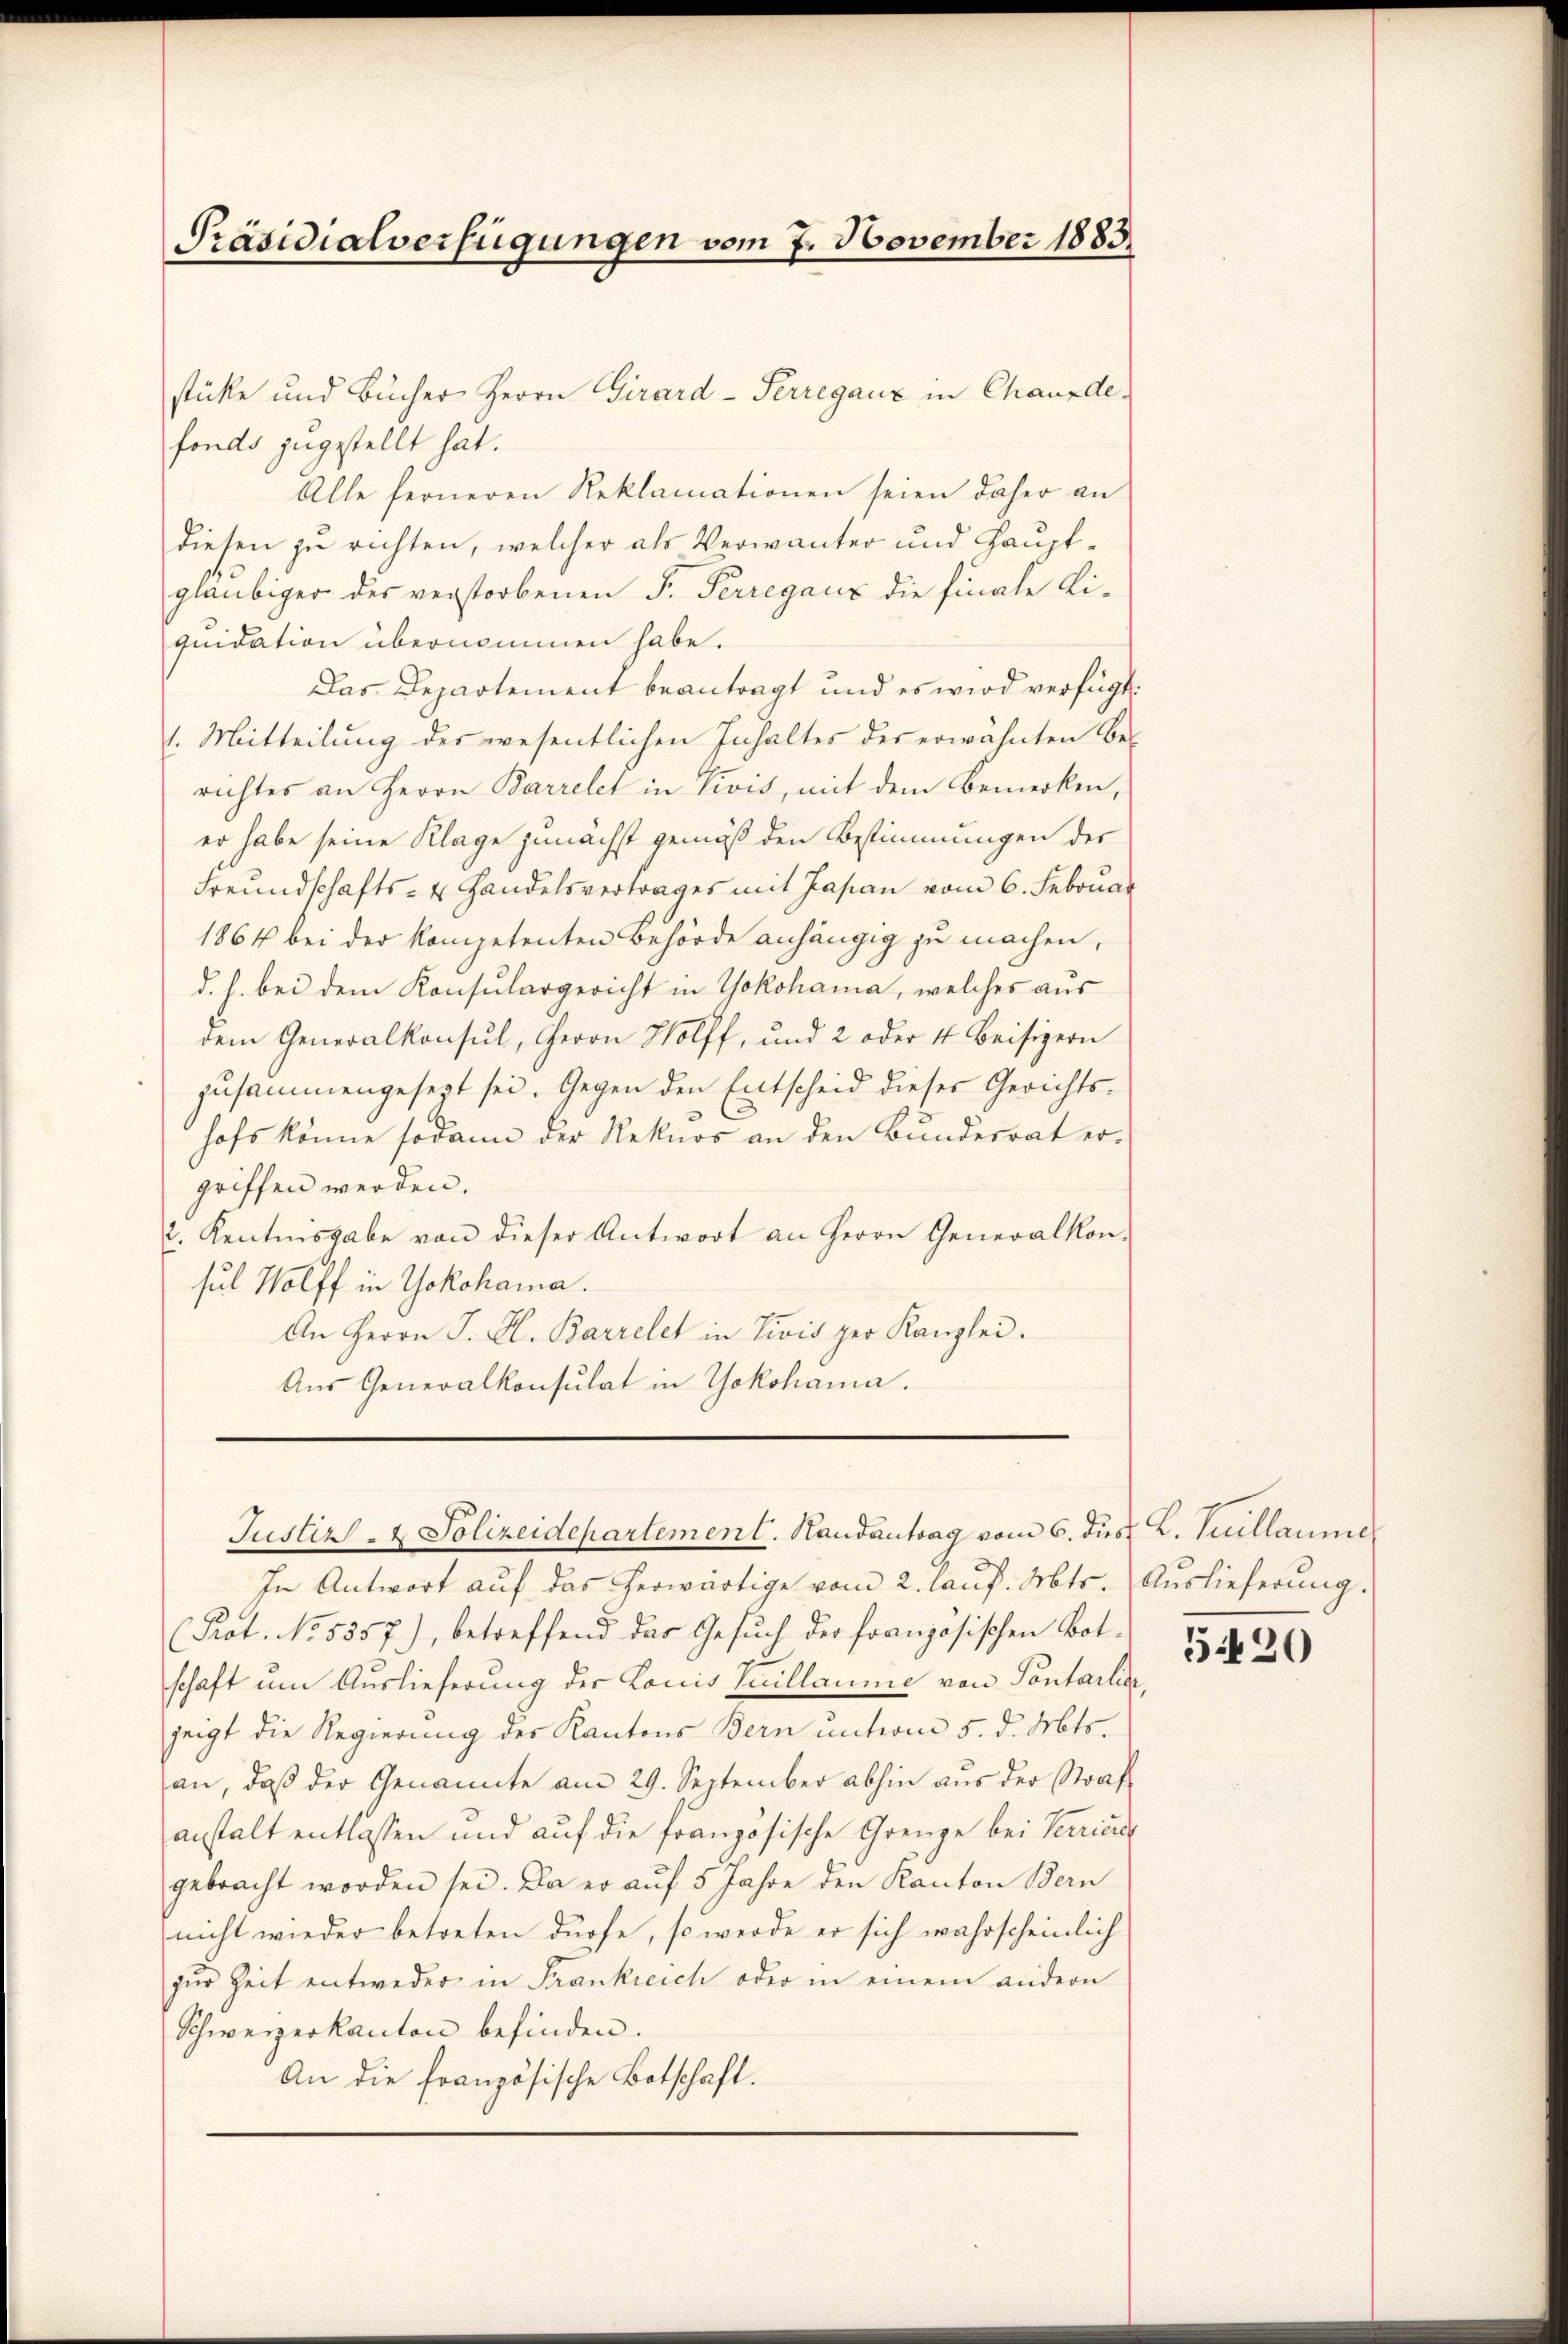
Präsidialverfügungen vom 7. November 1883.

stücke und Bücher Herrn Girard-Perregauz in Chauxdefonds zugestellt hat.
Alle ferneren Reklamationen seien daher an
diesen zu richten, welcher als Verwanter und Hauptgläubiger des verstorbenen F. Perregaus die finale Liquidation übernommen habe.
Das Departement beantragt und es wird verfügt
1. Mitteilung des wesentlichen Inhaltes des erwähnten Berichtes an Herrn Barrelet in Civis, mit dem Bemerken,
er habe seine Klage zunächst gemäß den Bestimmungen der
Freundschafts- & Handelsvertrages mit Japan vom 6. Februar
1864 bei der kompetenten Behörde anhängig zu machen,
d. h. bei dem Konsulargericht in Yokohama, welches aŭs
dem Generalkonsul, Herrn Wolff, und 2 oder 4. Beisigern
zusammengesezt sei. Gegen den Entscheid dieses Gerichts-
hofs könne sodann der Rekurs an den Bundesrat ergriffen werden.
2. Kentnisgabe von dieser Antwort an Herrn Generalkon-
sul Wolff in Yokohama.
An Herrn J. A. Barrelet in Tivis per Kanzlei.
Aŭs Generalkonsulat in Yokohama.

In Antwort aŭf das herwärtige vom 2. laŭf. Mts. Auslieferŭng.
Prot. No 5557), betreffend das Gesuch der französischen Botschaft um Auslieferung der Louis Sicillaume von Sontarlis
zeigt die Regierung des Kantons Bern unterm 5. d. Mts.
an, daß der Genannte am 29. September abhin aus der Straf
anstalt entlassen und auf die französische Grenze bei Verric
gebracht worden sei. Da er auf 5 Jahre den Kanton Bern
nicht wieder betreten dürfe, so werde er sich wahrscheinlich
zŭr Zeit entweder in Frankreich oder in einem andern
Schweizerkanton befinden.
An die französische Botschaft.

Justiz- & Polizeidepartement. Handantrag vom 6. des L. Sullaume

5420